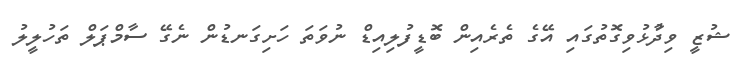
ޝުޒީ ވިދާުޅުވިގޮތުގައި އޭގެ ތެރެއިން ބޮޑީފުލިއިޑް ނުވަތަ ހަށިގަނޑުން ނެގޭ ސާމްޕަލް ތަހުލީލު